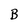
Character: B